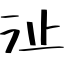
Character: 沚